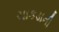
ચાકડાની